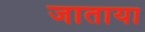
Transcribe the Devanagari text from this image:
जाताया